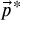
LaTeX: { \vec { p } } ^ { \, * }